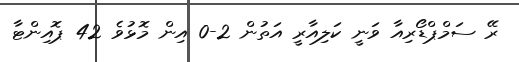
ރޭ ސަމްޕްޑޯރިއާ ވަނީ ކަލިއާރީ އަތުން 2-0 އިން މޮޅުވެ 42 ޕޮއިންޓާ